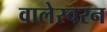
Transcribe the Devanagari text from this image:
वालेस्वरन